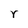
Character: Y